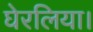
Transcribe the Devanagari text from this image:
घेरलिया।